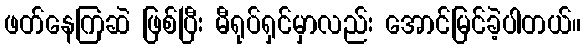
ဖတ်နေကြဆဲ ဖြစ်ပြီး မီရုပ်ရှင်မှာလည်း အောင်မြင်ခဲ့ပါတယ်။